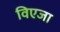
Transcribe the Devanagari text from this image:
विएजा